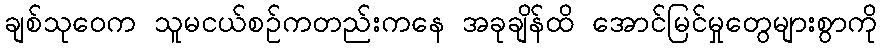
ချစ်သုဝေက သူမငယ်စဉ်ကတည်းကနေ အခုချိန်ထိ အောင်မြင်မှုတွေများစွာကို